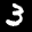
Label: 3